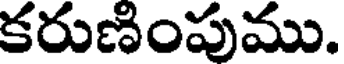
కరుణింపుము.